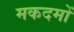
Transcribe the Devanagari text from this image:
मकदमों